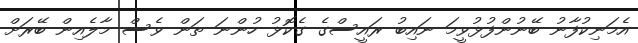
އެމަނިކުފާނު ބޭނުންފުޅުވީމަ ނައިބު ރައީސްގެ ގެކޮޅު ހުންނަ ތަން ވެސް މާލެއިން ބޭރަށް